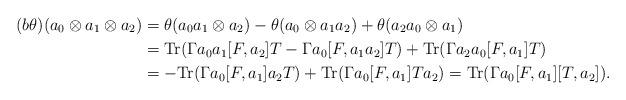
LaTeX: \begin{align*}(b\theta)(a_0\otimes a_1\otimes a_2)&=\theta(a_0a_1\otimes a_2)-\theta(a_0\otimes a_1a_2)+\theta(a_2a_0\otimes a_1)\\&={\rm Tr}(\Gamma a_0a_1[F,a_2]T-\Gamma a_0[F,a_1a_2]T)+{\rm Tr}(\Gamma a_2a_0[F,a_1]T)\\&=-{\rm Tr}(\Gamma a_0[F,a_1]a_2T)+{\rm Tr}(\Gamma a_0[F,a_1]Ta_2)={\rm Tr}(\Gamma a_0[F,a_1][T,a_2]).\end{align*}